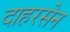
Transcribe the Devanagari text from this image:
दाहरसेन